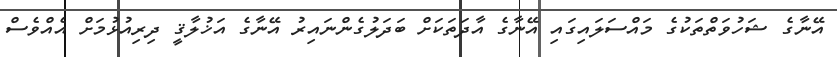
އޭނާގެ ޝަހުވަތްތަކުގެ މައްސަލައިގައި އޭނާގެ އާދަތަކަށް ބަދަލުގެންނައިރު އޭނާގެ އަޚުލާޤީ ދިރިއުޅުމަށް އެއްވެސް